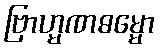
ဗြာဟ္မဏဓမ္မော